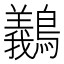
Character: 䴊